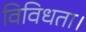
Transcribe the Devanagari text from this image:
विविधता।